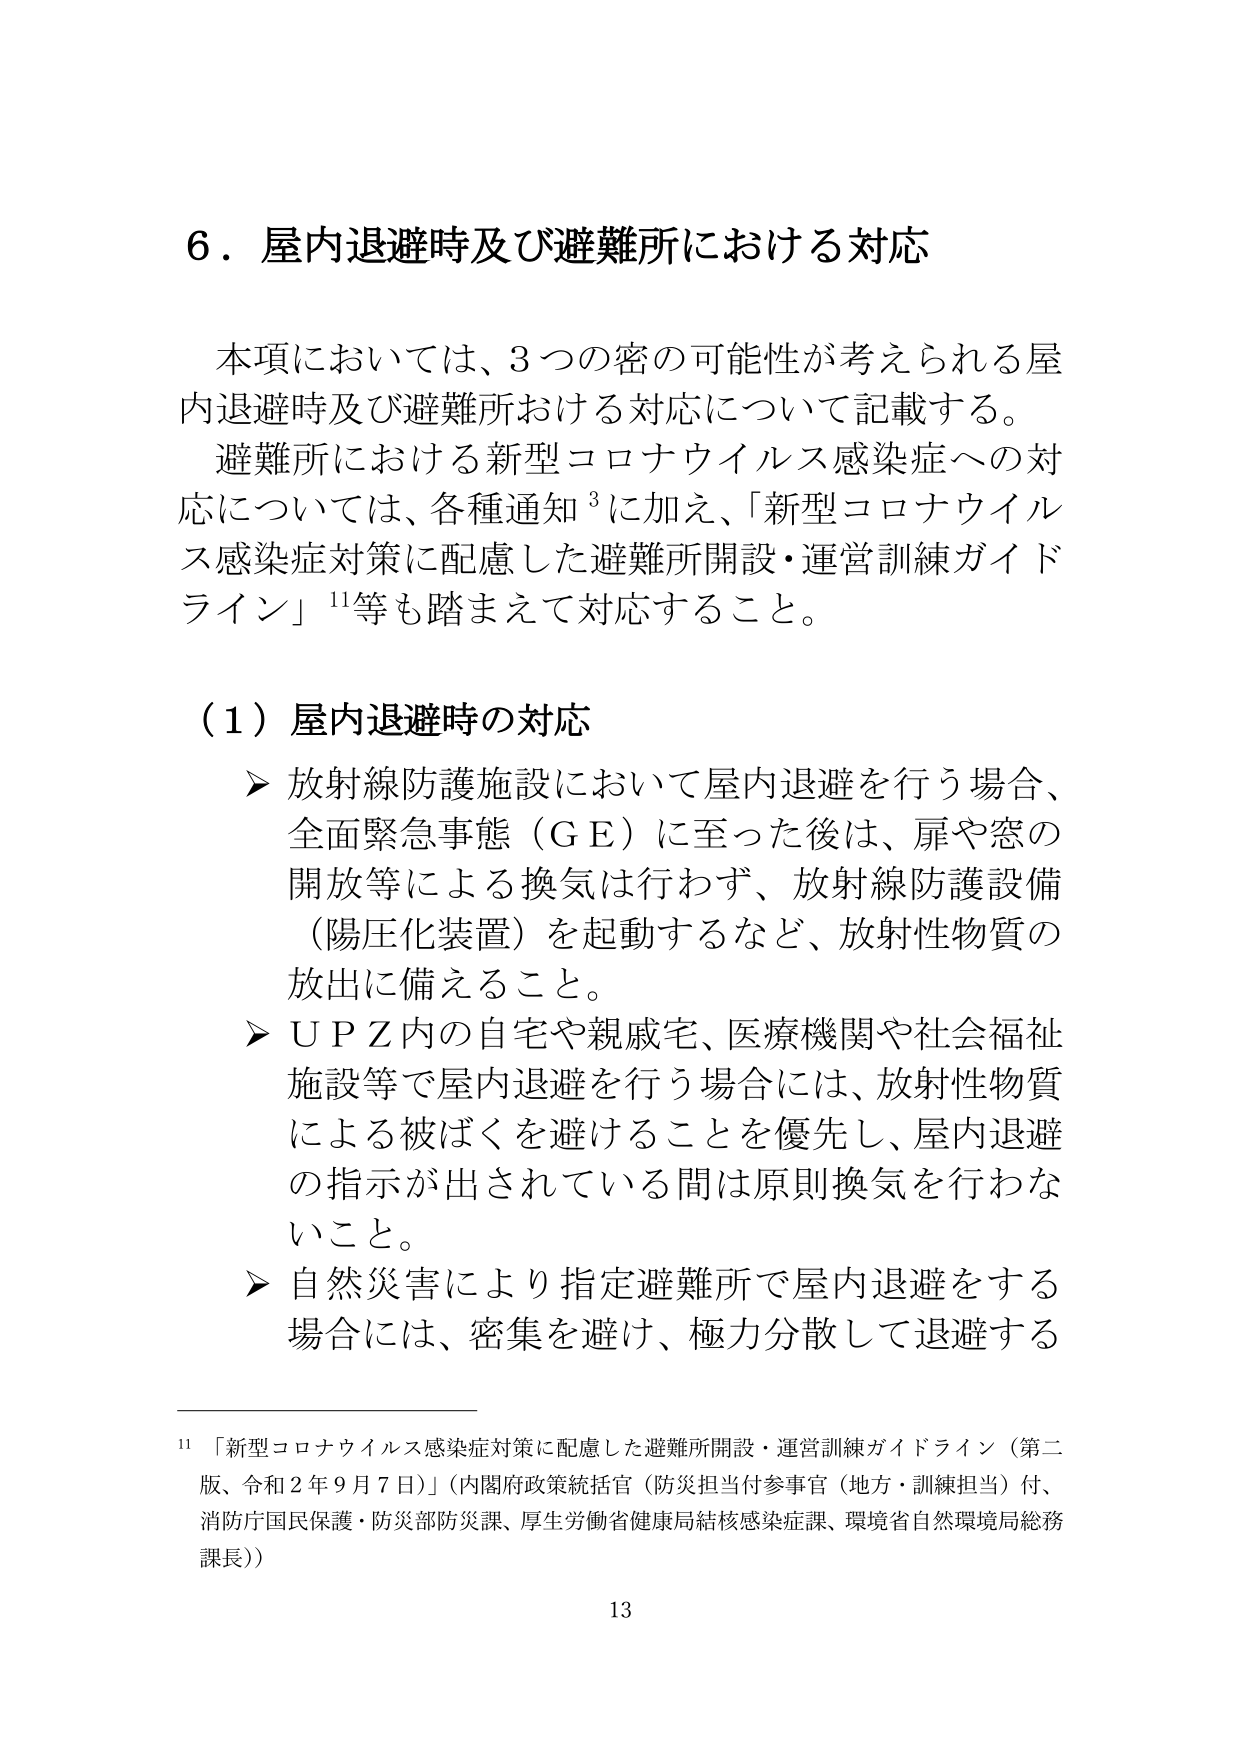
6．屋内退避時及び避難所における対応

本項においては、3つの密の可能性が考えられる屋内退避時及び避難所おける対応について記載する。
避難所における新型コロナウイルス感染症への対応については、各種通知³に加え、「新型コロナウイルス感染症対策に配慮した避難所開設・運営訓練ガイドライン」¹¹等も踏まえて対応すること。

（1）屋内退避時の対応
▶ 放射線防護施設において屋内退避を行う場合、全面緊急事態（ＧＥ）に至った後は、扉や窓の開放等による換気は行わず、放射線防護設備（陽圧化装置）を起動するなど、放射性物質の放出に備えること。
▶ ＵＰＺ内の自宅や親戚宅、医療機関や社会福祉施設等で屋内退避を行う場合には、放射性物質による被ばくを避けることを優先し、屋内退避の指示が出されている間は原則換気を行わないこと。
▶ 自然災害により指定避難所で屋内退避をする場合には、密集を避け、極力分散して退避する

¹¹ 「新型コロナウイルス感染症対策に配慮した避難所開設・運営訓練ガイドライン（第二版、令和2年9月7日）」（内閣府政策統括官（防災担当付参事官（地方・訓練担当）付、消防庁国民保護・防災部防災課、厚生労働省健康局結核感染症課、環境省自然環境局総務課長））

13